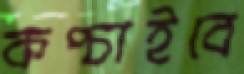
কপ্‌চাইবে